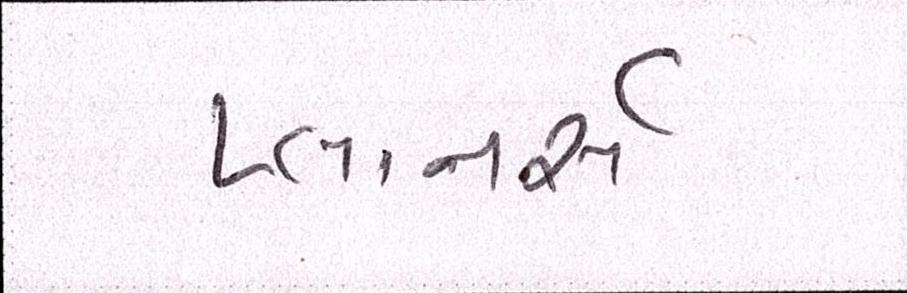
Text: પ્લાનર્સ